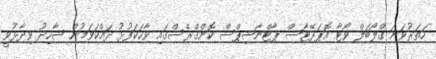
ހަތަރުވަނަ ގްލޯބަލް ވޯޓާ އޮޕަރޭޓާސް ޕާޓްނާޝިޕްސް ކޮންގްރެސްގައި ވާހަކަފުޅު ދައްކަވަމުން ޝާހިދު ވިދާޅުވީ